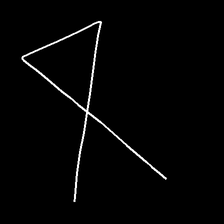
Glyph: collection